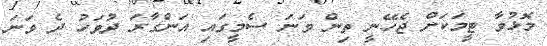
މޮޅުވާ ޓީމަކަށް ޖެހޭނީ ތިން ވަނަ ސެމީގައި އަންގާރަ ދުވަހު ދެ ވަނަ